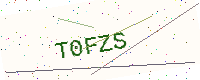
Text: T0FZS